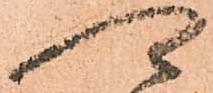
可